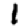
Digit: 1